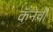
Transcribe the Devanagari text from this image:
कॅनेची